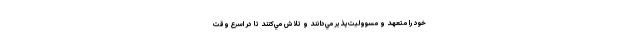
خود را متعهد و مسووليت‌پذير مي‌دانند و تلاش مي‌كنند تا در اسرع وقت